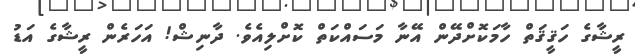
ރީޝާގެ ހަޤީޤަތް ހާމަކޮށްދޭން އޭނާ މަސައްކަތް ކޮށްލިއެވެ. ދާނިޝް! އަހަރެން ރީޝާގެ އަޑު